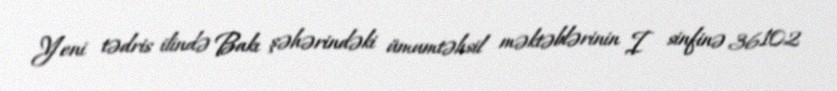
Yeni tədris ilində Bakı şəhərindəki ümumtəhsil məktəblərinin I sinfinə 36102